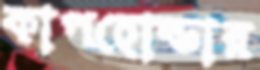
কাপহোল্ডার